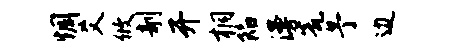
惆爻攸剞开桐陷漫瓮予边